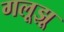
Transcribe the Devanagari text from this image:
गलूझू